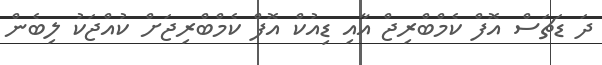
ދަ ޑަޗަސް އޮފް ކެމްބްރިޖް އާއި ޑިއުކް އޮފް ކެމްބްރިޖަށް ކުއްޖަކު ލިބެން